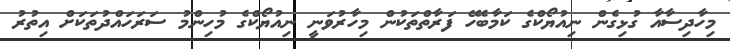
މިހާދިސާއާ ގުޅިގެން ނިއުޔޯކްގެ ކަމާބެހޭ ފަރާތްތަކުން މިހާރުވަނީ ނިއުޔޯކްގެ މުހިންމު ސަރަހައްދުތަކަށް އިތުރު